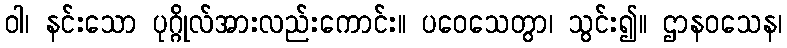
ဝါ၊ နင်းသော ပုဂ္ဂိုလ်အားလည်းကောင်း။ ပဝေသေတွာ၊ သွင်း၍။ ဌာနဝသေန၊